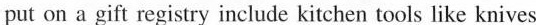
put on a gift registry include kitchen tools like knives